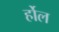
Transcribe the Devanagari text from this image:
र्होल